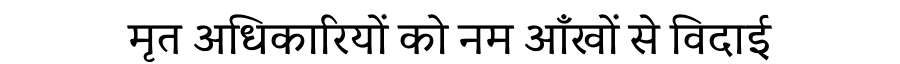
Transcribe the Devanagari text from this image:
मृत अधिकारियों को नम आँखों से विदाई